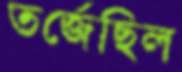
তর্জেছিল